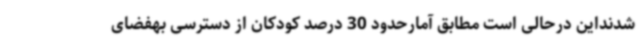
شدنداین درحالی است مطابق آمارحدود 30 درصد کودکان از دسترسی بهفضای